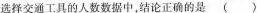
选择交通工具的人数数据中，结论正确的是()